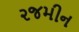
૨જમીન